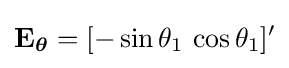
\mathbf {E} _{\boldsymbol {\theta }}=[-\sin \theta _{1}\,\cos \theta _{1}]'